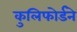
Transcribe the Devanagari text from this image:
कुलिफोर्डने